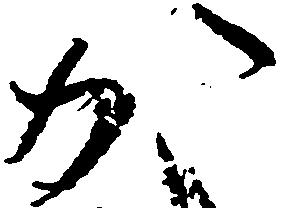
か